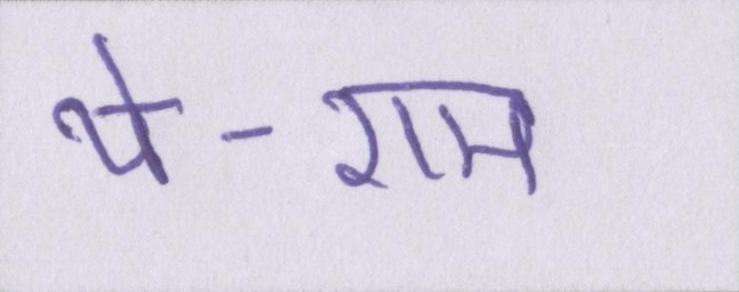
थे-राम